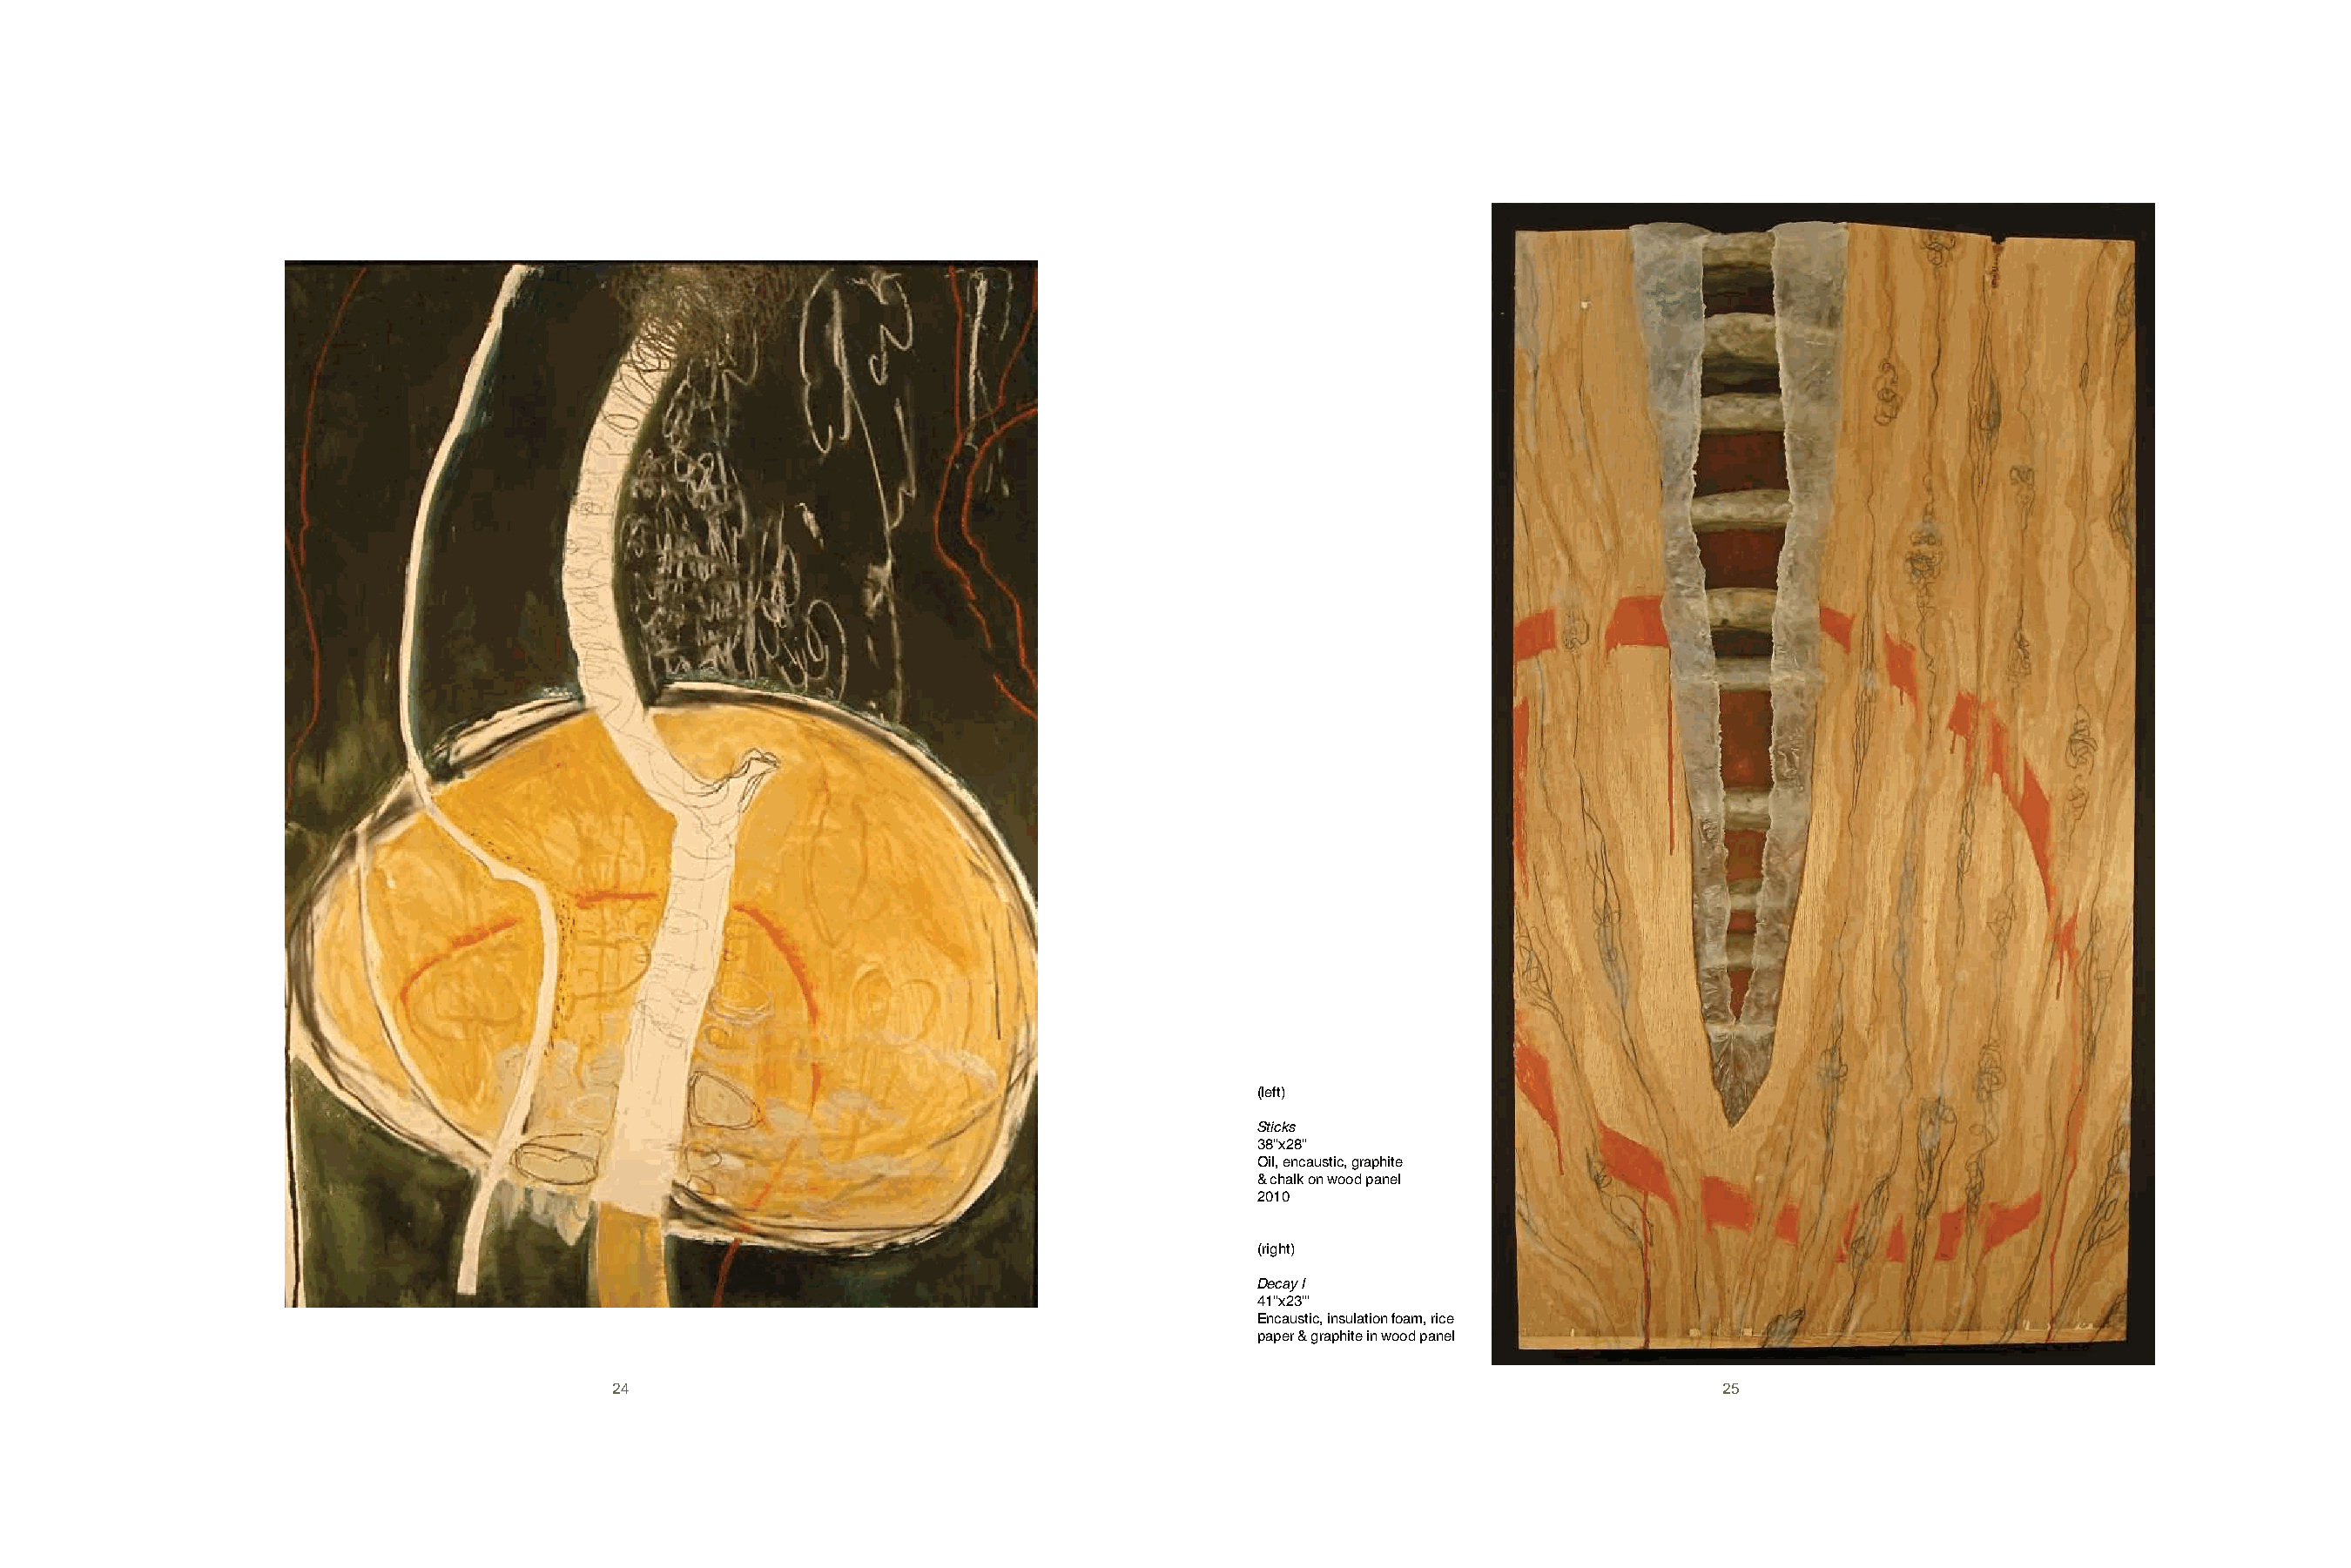
(left)
 Sticks
 38"x28"
 Oil, encaustic, graphite
 & chalk on wood panel
 2010
 (right)
 Decay I
 41"x23"'
 Encaustic, insulation foam, rice
 paper & graphite in wood panel
 24                                                                                  25